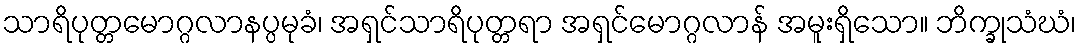
သာရိပုတ္တမောဂ္ဂလာနပ္ပမုခံ၊ အရှင်သာရိပုတ္တရာ အရှင်မောဂ္ဂလာန် အမူးရှိသော။ ဘိက္ခုသံဃံ၊